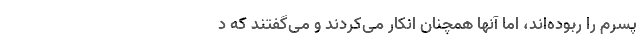
پسرم را ربوده‌اند، اما آنها همچنان انکار می‌کردند و می‌گفتند که د